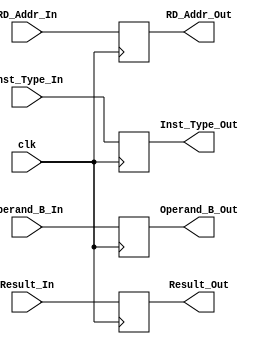
`timescale 1ns / 1ps
//////////////////////////////////////////////////////////////////////////////////
// Company: 
// Engineer: 
// 
// Design Name: 
// Module Name: EX_MA_reg
// Project Name: 
// Target Devices: 
// Tool Versions: 
// Description: 
// 
// Dependencies: 
// 
// Revision:
// Revision 0.01 - File Created
// Additional Comments:
// 
//////////////////////////////////////////////////////////////////////////////////


module EX_MA_reg(
                input clk,
                input[31:0] Result_In,
                input[4:0] Inst_Type_In,
                input[31:0] Operand_B_In,
                input[4:0] RD_Addr_In,
                output reg[31:0] Result_Out,
                output reg[31:0] Operand_B_Out,
                output reg[4:0] Inst_Type_Out,
                output reg[4:0] RD_Addr_Out
    );
    
    initial
    begin
        Result_Out <= 32'dx;
        Operand_B_Out <= 32'dx;
        Inst_Type_Out <= 5'dx;
        RD_Addr_Out <= 5'dx;
    end
    
    always@(posedge clk)
    begin
        Result_Out <= Result_In;
        Operand_B_Out <= Operand_B_In;
        Inst_Type_Out <= Inst_Type_In;
        RD_Addr_Out <= RD_Addr_In;
    end
    
endmodule